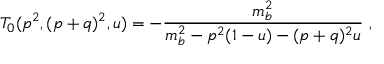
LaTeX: T _ { 0 } ( p ^ { 2 } , ( p + q ) ^ { 2 } , u ) = - \frac { m _ { b } ^ { 2 } } { m _ { b } ^ { 2 } - p ^ { 2 } ( 1 - u ) - ( p + q ) ^ { 2 } u } ~ ,